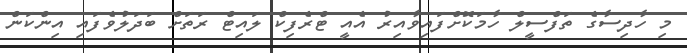
މި ހާދިސާގެ ތަފްސީލް ހާމަކޮށްފައިވާއިރު އެއީ ޓްރެފިކް ލައިޓް ރަތަށް ބަދަލުވެފައި އިންކަން